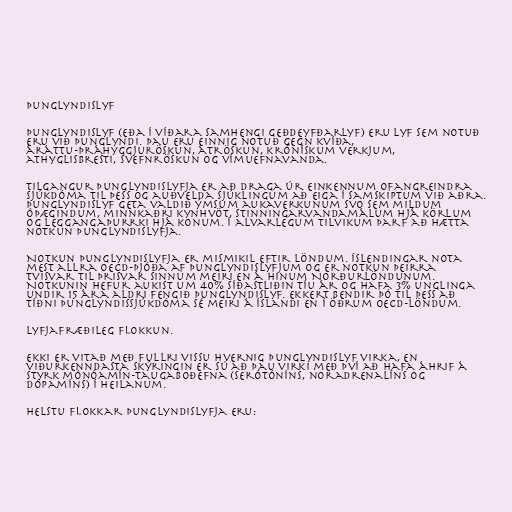
Þunglyndislyf

Þunglyndislyf (eða í víðara samhengi geðdeyfðarlyf) eru lyf sem notuð
eru við þunglyndi. Þau eru einnig notuð gegn kvíða,
áráttu-þráhyggjuröskun, átröskun, krónískum verkjum,
athyglisbresti, svefnröskun og vímuefnavanda.

Tilgangur þunglyndislyfja er að draga úr einkennum ofangreindra
sjúkdóma til þess og auðvelda sjúklingum að eiga í samskiptum við aðra.
Þunglyndislyf geta valdið ýmsum aukaverkunum svo sem mildum
óþægindum, minnkaðri kynhvöt, stinningarvandamálum hjá körlum
og leggangaþurrki hjá konum. Í alvarlegum tilvikum þarf að hætta
notkun þunglyndislyfja.

Notkun þunglyndislyfja er mismikil eftir löndum. Íslendingar nota
mest allra OECD-þjóða af þunglyndislyfjum og er notkun þeirra
tvisvar til þrisvar sinnum meiri en á hinum Norðurlöndunum.
Notkunin hefur aukist um 40% síðastliðin tíu ár og hafa 3% unglinga
undir 15 ára aldri fengið þunglyndislyf. Ekkert bendir þó til þess að
tíðni þunglyndissjúkdóma sé meiri á Íslandi en í öðrum OECD-löndum.

Lyfjafræðileg flokkun.

Ekki er vitað með fullri vissu hvernig þunglyndislyf virka, en
viðurkenndasta skýringin er sú að þau virki með því að hafa áhrif á
styrk mónóamín-taugaboðefna (serótóníns, noradrenalíns og
dópamíns) í heilanum.

Helstu flokkar þunglyndislyfja eru: